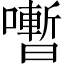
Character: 𡃞